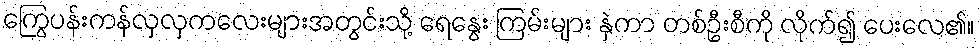
ကြွေပန်းကန်လှလှကလေးများအတွင်းသို့ ရေနွေး ကြမ်းများ နှဲကာ တစ်ဦးစီကို လိုက်၍ ပေးလေ၏။